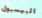
البيسبول